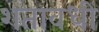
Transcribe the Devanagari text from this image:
शतावधी